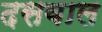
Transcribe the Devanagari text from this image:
दसवाल